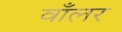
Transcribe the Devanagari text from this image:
वाँलर